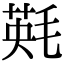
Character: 㲟